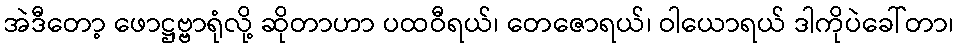
အဲဒီတော့ ဖောဋ္ဌဗ္ဗာရုံလို့ ဆိုတာဟာ ပထဝီရယ်၊ တေဇောရယ်၊ ဝါယောရယ် ဒါကိုပဲခေါ်တာ၊